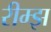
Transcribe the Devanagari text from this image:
रीम्झ